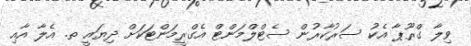
ވިލާ ގްރޫޕާ އެކު ސަރުކާރުން ސެޓްލްމަންޓް އެގްރީމަންޓަކަށް ދިޔައީ ތ. އެލާ އާއި